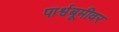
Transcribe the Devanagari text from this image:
पार्श्वबूमीवर